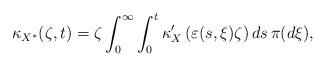
LaTeX: \begin{align*} \kappa_{X^*}(\zeta,t) = \zeta \int_0^\infty \int_0^t \kappa_X'\left(\varepsilon(s, \xi) \zeta\right) ds \, \pi(d\xi), \end{align*}